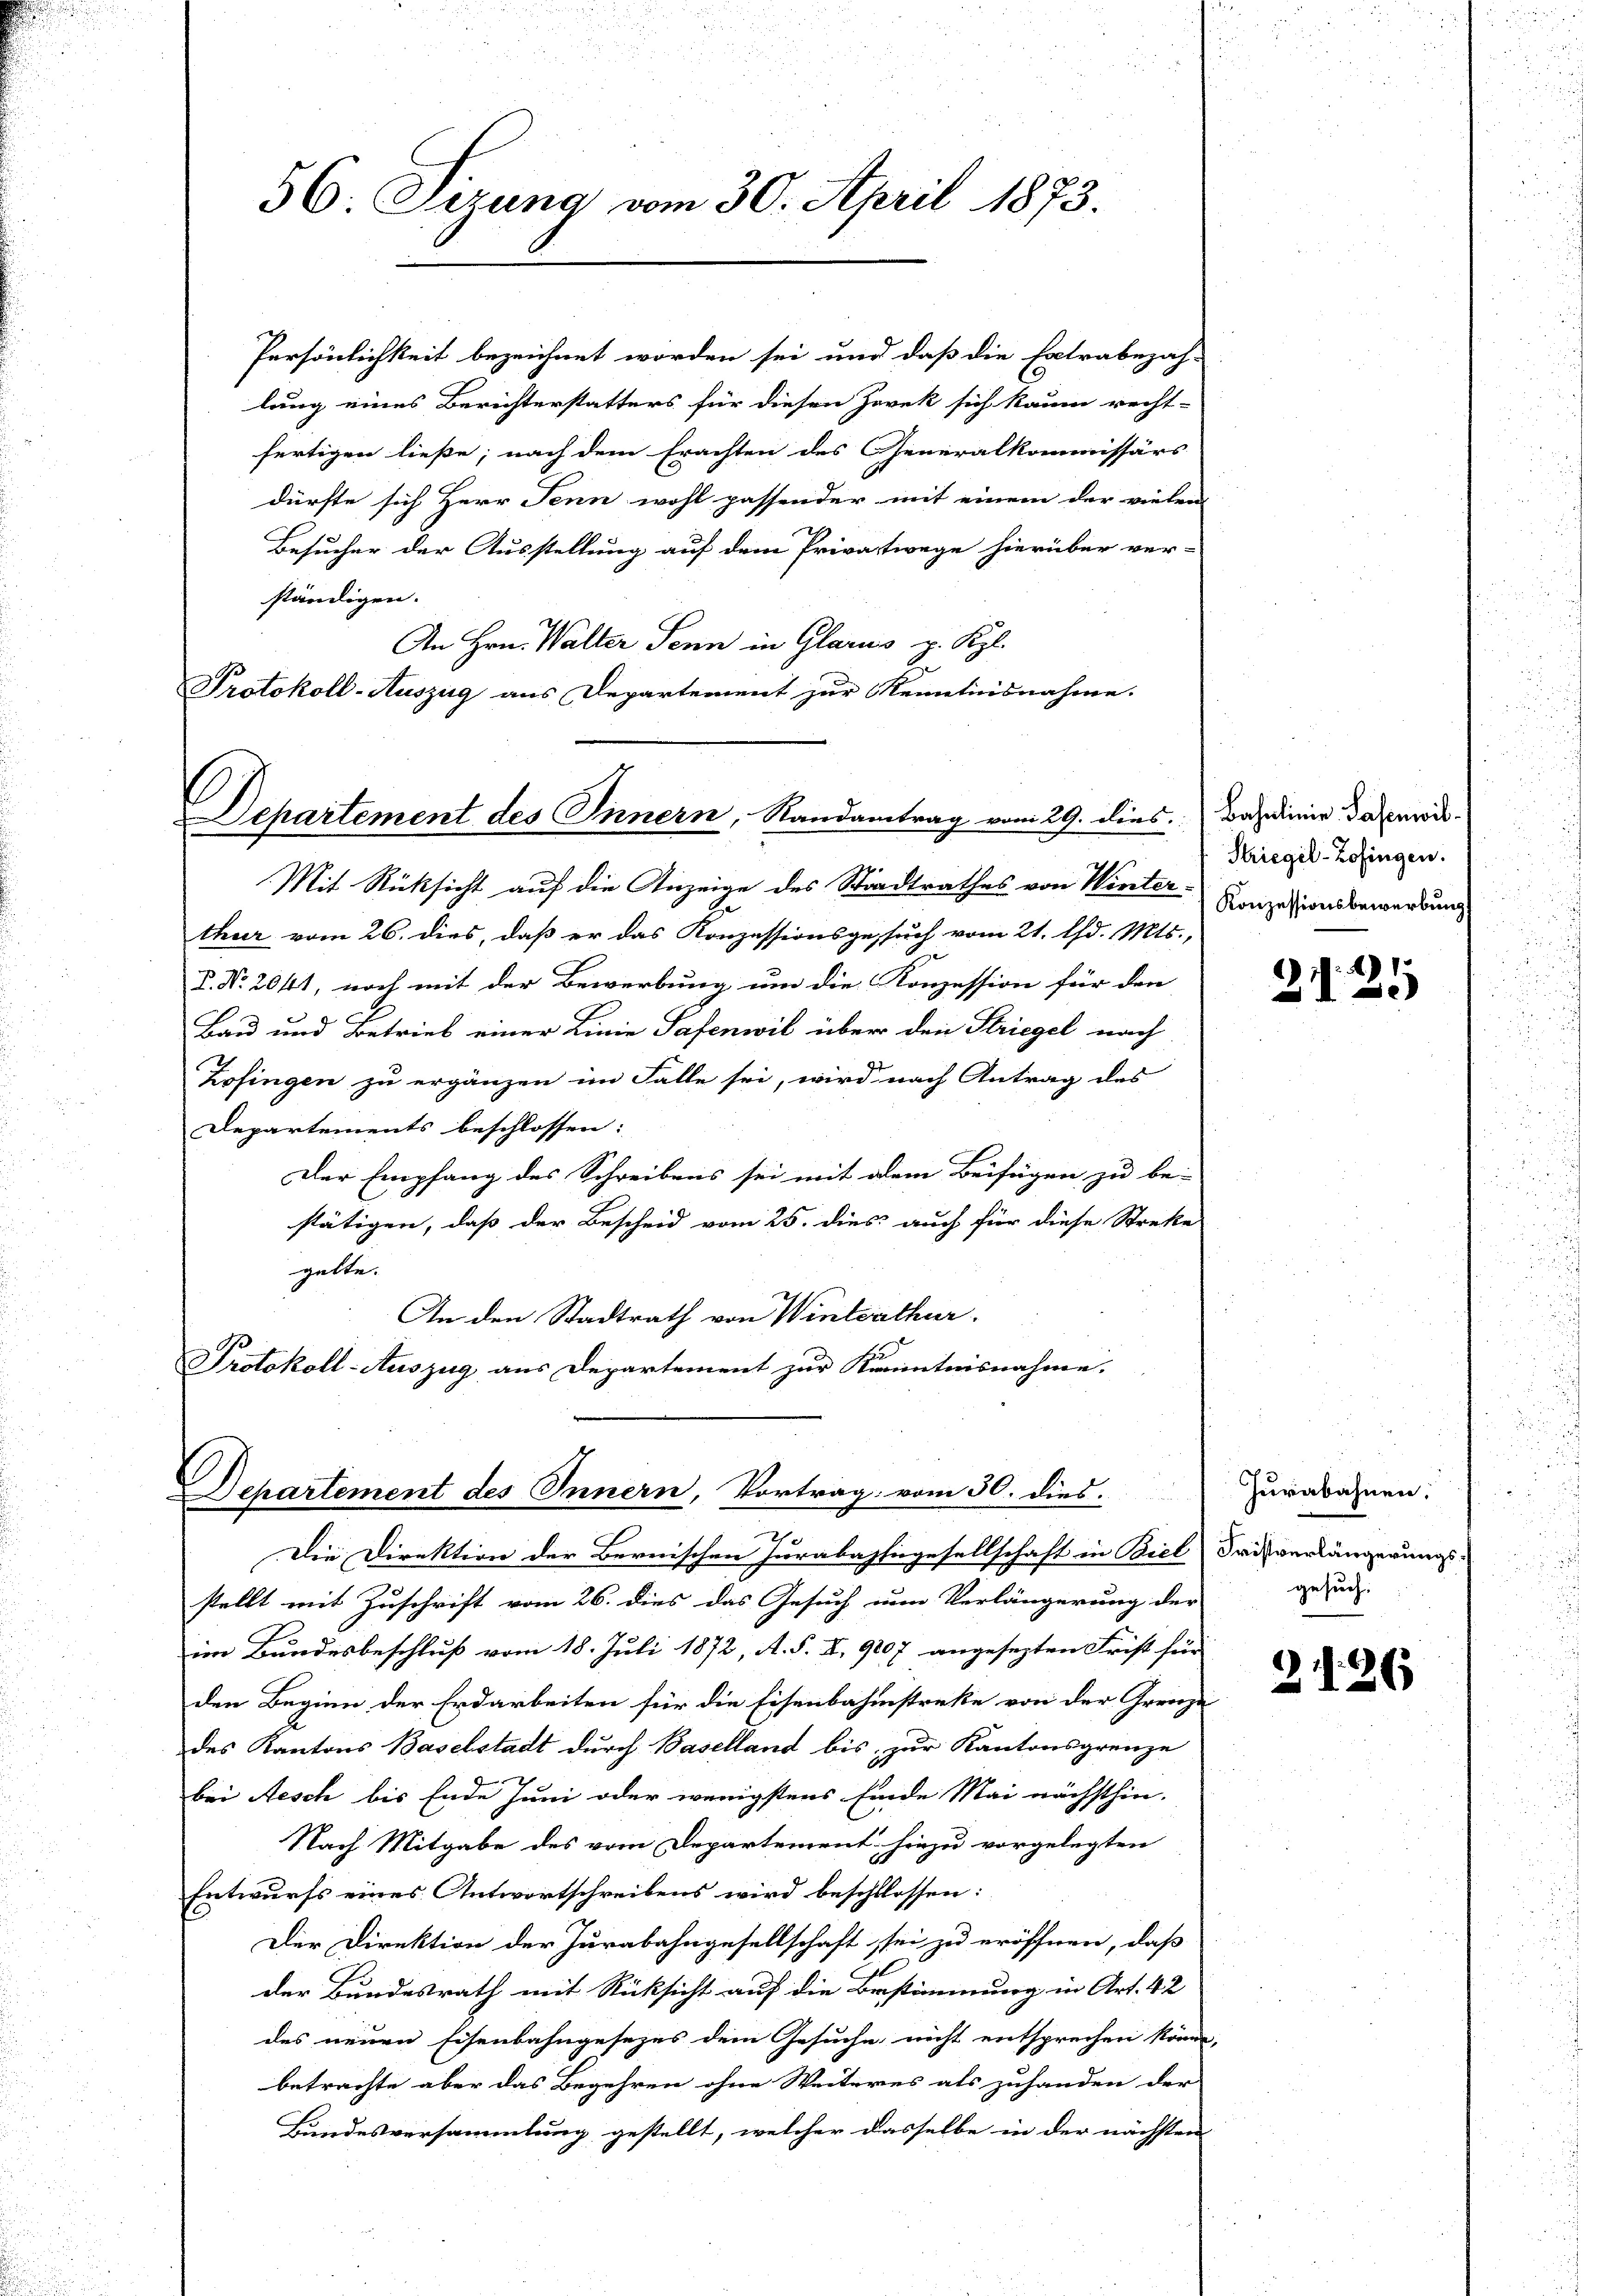
Departement des Innern, Randantrag vom 29. dies

56: Sizung vom 30. April 1873.

Persönlichkeit bezeichnet worden sei und daß die Extrabejah-
lung eines Berichterstatters für diesen Zwek sich kaum recht-
fertigen ließe; nach dem Erachten des Generalkommissärs
dürfte sich Herr Jenn wohl passender mit einem der vielen
Besucher der Ausstellung auf dem Privatwege hierüber ver-
ständigen.
An Hrn. Walter Senn in Glarus p. Kgl.
Protokoll-Auszug aus Departement zur Kenntnisnahme.

Mit Rücksicht auf die Anzeige des Stadtrathes von Winter-
thur vom 26. dies, daß er das Konzessionsgesuch vom 21. d. Mts.,
P. Nr. 2041, noch mit der Bewerbung um die Konzession für den
Bau und Betrieb einer Linie Tafenwil über den Striegel nach
Zofingen zu ergänzen im Falle sei, wird nach Antrag des
Departements beschlossen:
Der Empfang des Schreibens sei mit dem Beifügen zu be-
stätigen, daß der Bescheid vom 25. dies auch für diese Streke
gelte.
An den Stadtrath von Winterthur.
Protokoll-Auszug aus Departement zur Kenntnisnahme.

Departement des Innern, Vortrag vom 30. dies
x
Die Direktion der Bernischen herabassiegesellschaft in Biel Saisverlängerungs-

stellt mit Zuschrift vom 26. dies das Gesuch zum Verlängerung der
im Bundesbeschluß vom 18. Juli 1872, A. S. X. 9007 angesezten Frist für
den Beginn der Erdarbeiten für die Eisenbahnstreke von der Grenze
des Kantons Baselstadt durch Baselland bis zur Kantonsgrenze
bei Aesch bis Ende Juni oder wenigstens finde Mai nächsthin-
Nach Mitgabe des vom Departement hiezu vorgelegten
Entwurfs eines Antwortschreibens wird beschlossen:
Der Direktion der Jurabahngesellschaft sei zu eröffnen, daß
der Bundesrath mit Rücksicht auf die Bestimmung in Art. 42
des neuen Eisenbahngesezes dem Gesuche nicht entsprechen könne.
betrachte aber das Begehren ohne Weiteres als zuhanden der
Bundesversammlung gestellt, welcher dasselbe in der nächsten

Bahnlinie Pasenwil¬
Striegel-Zofingen.
Konzessionsbewerbung

211. 21

Hurabahnen.
gesuch.

2126